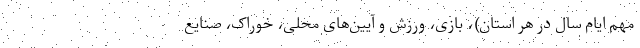
مهم ایام سال در هر استان)، بازی، ورزش و آیین‌های محلی، خوراک، صنایع